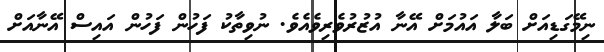
ނިމޭގަޑިއަށް ބަލާ އައުމަށް އޭނާ އުޒުރުވެރިވެއެވެ. ނުވިތާކު ފަހުން ފަހުން އައިސް އޭނާއަށް